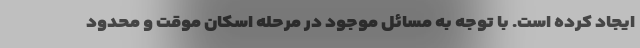
ایجاد کرده است. با توجه به مسائل موجود در مرحله اسکان موقت و محدود